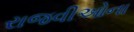
રાજવીઓના